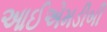
આઈએમડીબી